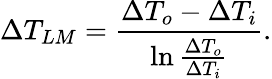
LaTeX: \Delta T_{LM}=\frac{\Delta T_{o}-\Delta T_{i}}{\ln{\frac{\Delta T_{o}}{\Delta T_{i}}}}.